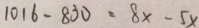
1 0 1 6 - 8 3 0 = 8 x - 5 x